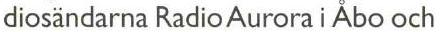
diosändarna Radio Aurora i Åbo och